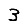
Digit: 3